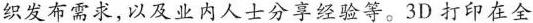
织发布需求，以及业内人士分享经验等。3D打印在全